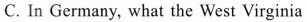
C. In Germany, what the West Virginia